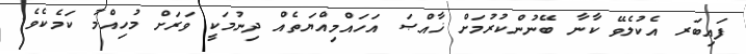
ފައިބަރ އެކުލެވޭ ކާނާ ބޭނުންކުރުމަށް ޚާއްޞަ އަހައްމިއްޔަތެއް ދިނުމަކީ ވަރަށް މުހިއްމު ކަމެކެވެ.